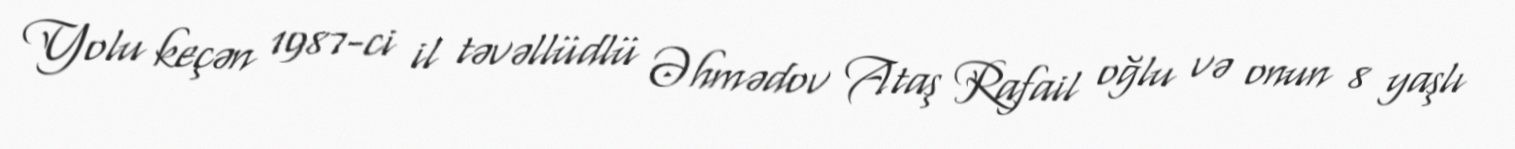
Yolu keçən 1987-ci il təvəllüdlü Əhmədov Ataş Rafail oğlu və onun 8 yaşlı